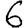
Digit: 6